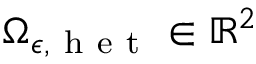
{ \Omega } _ { \epsilon , \mathrm { ~ h ~ e ~ t ~ } } \in \mathbb { R } ^ { 2 }